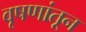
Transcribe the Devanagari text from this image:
वृषणांतून